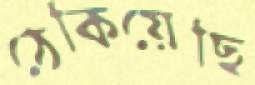
ঠেকিয়েছি